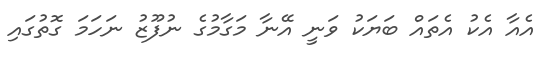
އެއާ އެކު އެތައް ބަޔަކު ވަނީ އޭނާ މަގާމުގެ ނުފޫޒު ނަހަމަ ގޮތުގައި